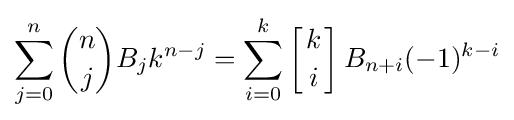
\sum _{j=0}^{n}{\binom {n}{j}}B_{j}k^{n-j}=\sum _{i=0}^{k}\left[{k \atop i}\right]B_{n+i}(-1)^{k-i}